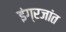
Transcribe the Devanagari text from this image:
इंग्रजांत